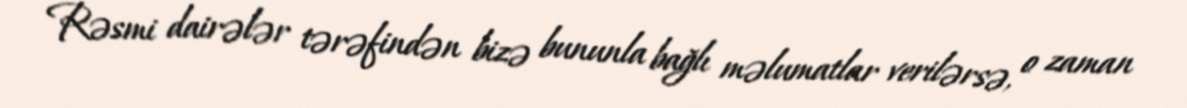
Rəsmi dairələr tərəfindən bizə bununla bağlı məlumatlar verilərsə, o zaman